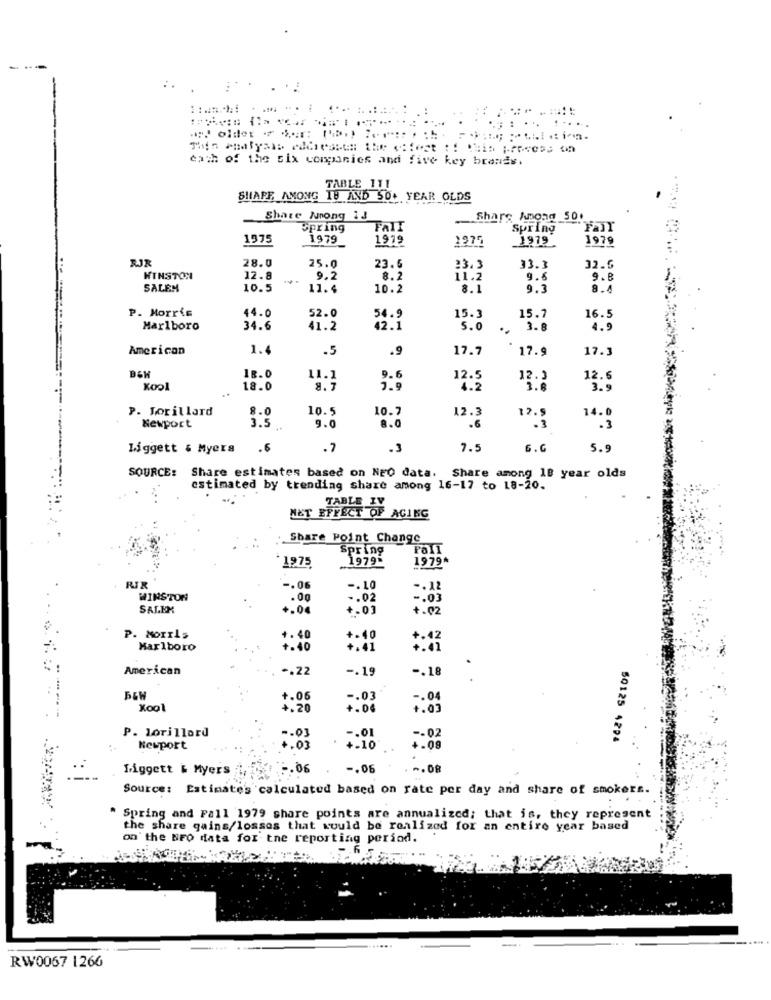
....
. :
each of the six companies and five key brands.
TABLE 111
SHAPE AMONG IB AND SO. YEAR OLDS
Share Nong iJ
Share Among 50.
Spring
FAIT
Spring
1975
1979
1979
1975
1979.
1979
28.0
32.6
25.0
23.6
23.3
33.3
WINSTON
12.8
9.2
8.2
11.2
9.
9.8
SALEM
10.5
11.4
10.2
8.1
9.3
8.4
P. Morris
44.0
15.7
52.0
54.9
15.3
16.5
Marlboro
34.6
41.2
42.1
5.0
3.8
4.9
American
1.
.5
.9
17.7
17.9
17.3
18.0
11.1
9.6
12.5
12.3
12.5
Kool
18.0
7.9
4.2
1.
3.9
P. Lorillard
8.0
10.5
10.7
3.5
9.0
8.0
12.3
.6
12.5
14.0
Newport
.3
Liggett & Myers
.6
.7
.3
7.5
G.G
5.9
SOURCE: Share estimates based on NEO data. Share among 18 year olds
estimated by trending share among 16-17 to 18-20.
TABLE IV
NET EFFECT OF AGING
Share Point Change
Spring
1975
1979
1979*
RIR
-. 06
-. 10
-. 12
WINSTON
.00
-. 02
SALEM
+.04
+.03
+.02
P. Morris
1. 40
+-40
Marlboro
+.40
+.41
American
-. 22
-. 19
-. 18
+.06
-. 03
-. 04
Xool
1.20
+.04
+.03
P. lorillard
-- 03
-. 01
-- 02
50125 4294
Newport
+.05
+.10
+.08
.
Liggett & Myers ,
2.06
-. 06
. .. 08
Source: Estimates calculated based on rate per day and share of smokers.
* Spring and Fall 1979 share points are annualized; that is, they represent
the share gains/losses that would be realized for an entire year based
on the BFO data for the reporting period.
RW0067 1266